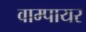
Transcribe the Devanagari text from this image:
वाम्पायर